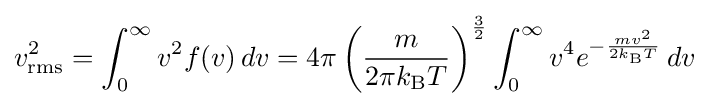
v_{\text{rms}}^{2}=\int _{0}^{\infty }v^{2}f(v)\,dv=4\pi \left({\frac {m}{2\pi k_{\rm {B}}T}}\right)^{\frac {3}{2}}\int _{0}^{\infty }v^{4}e^{-{\frac {mv^{2}}{2k_{\rm {B}}T}}}\,dv